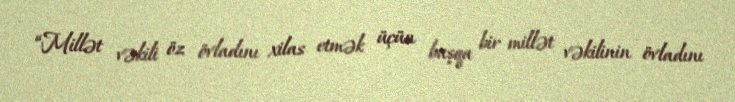
“Millət vəkili öz övladını xilas etmək üçün başqa bir millət vəkilinin övladını